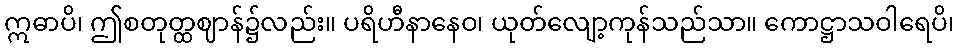
ဣဓာပိ၊ ဤစတုတ္ထဈာန်၌လည်း။ ပရိဟီနာနေဝ၊ ယုတ်လျော့ကုန်သည်သာ။ ကောဋ္ဌာသဝါရေပိ၊